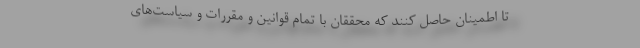
تا اطمینان حاصل کنند که محققان با تمام قوانین و مقررات و سیاست‌های